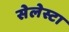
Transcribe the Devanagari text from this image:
सेलेस्टा